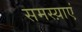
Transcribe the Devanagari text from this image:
समस्य़ाएं